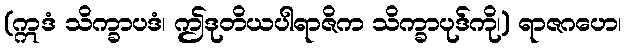
(ဣဒံ သိက္ခာပဒံ၊ ဤဒုတိယပါရာဇိက သိက္ခာပုဒ်ကို၊) ရာဇဂဟေ၊